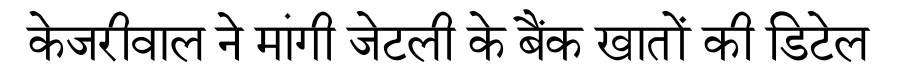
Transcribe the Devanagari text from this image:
केजरीवाल ने मांगी जेटली के बैंक खातों की डिटेल